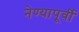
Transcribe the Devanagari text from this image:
नेण्यापूर्वी